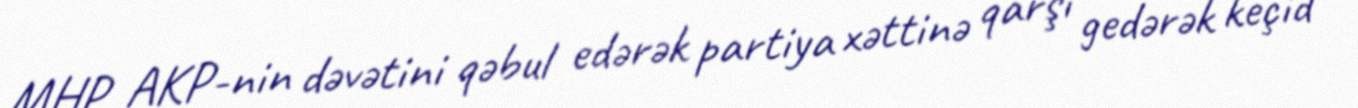
MHP AKP-nin dəvətini qəbul edərək partiya xəttinə qarşı gedərək keçid